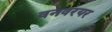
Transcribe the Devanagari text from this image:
वनवरयर